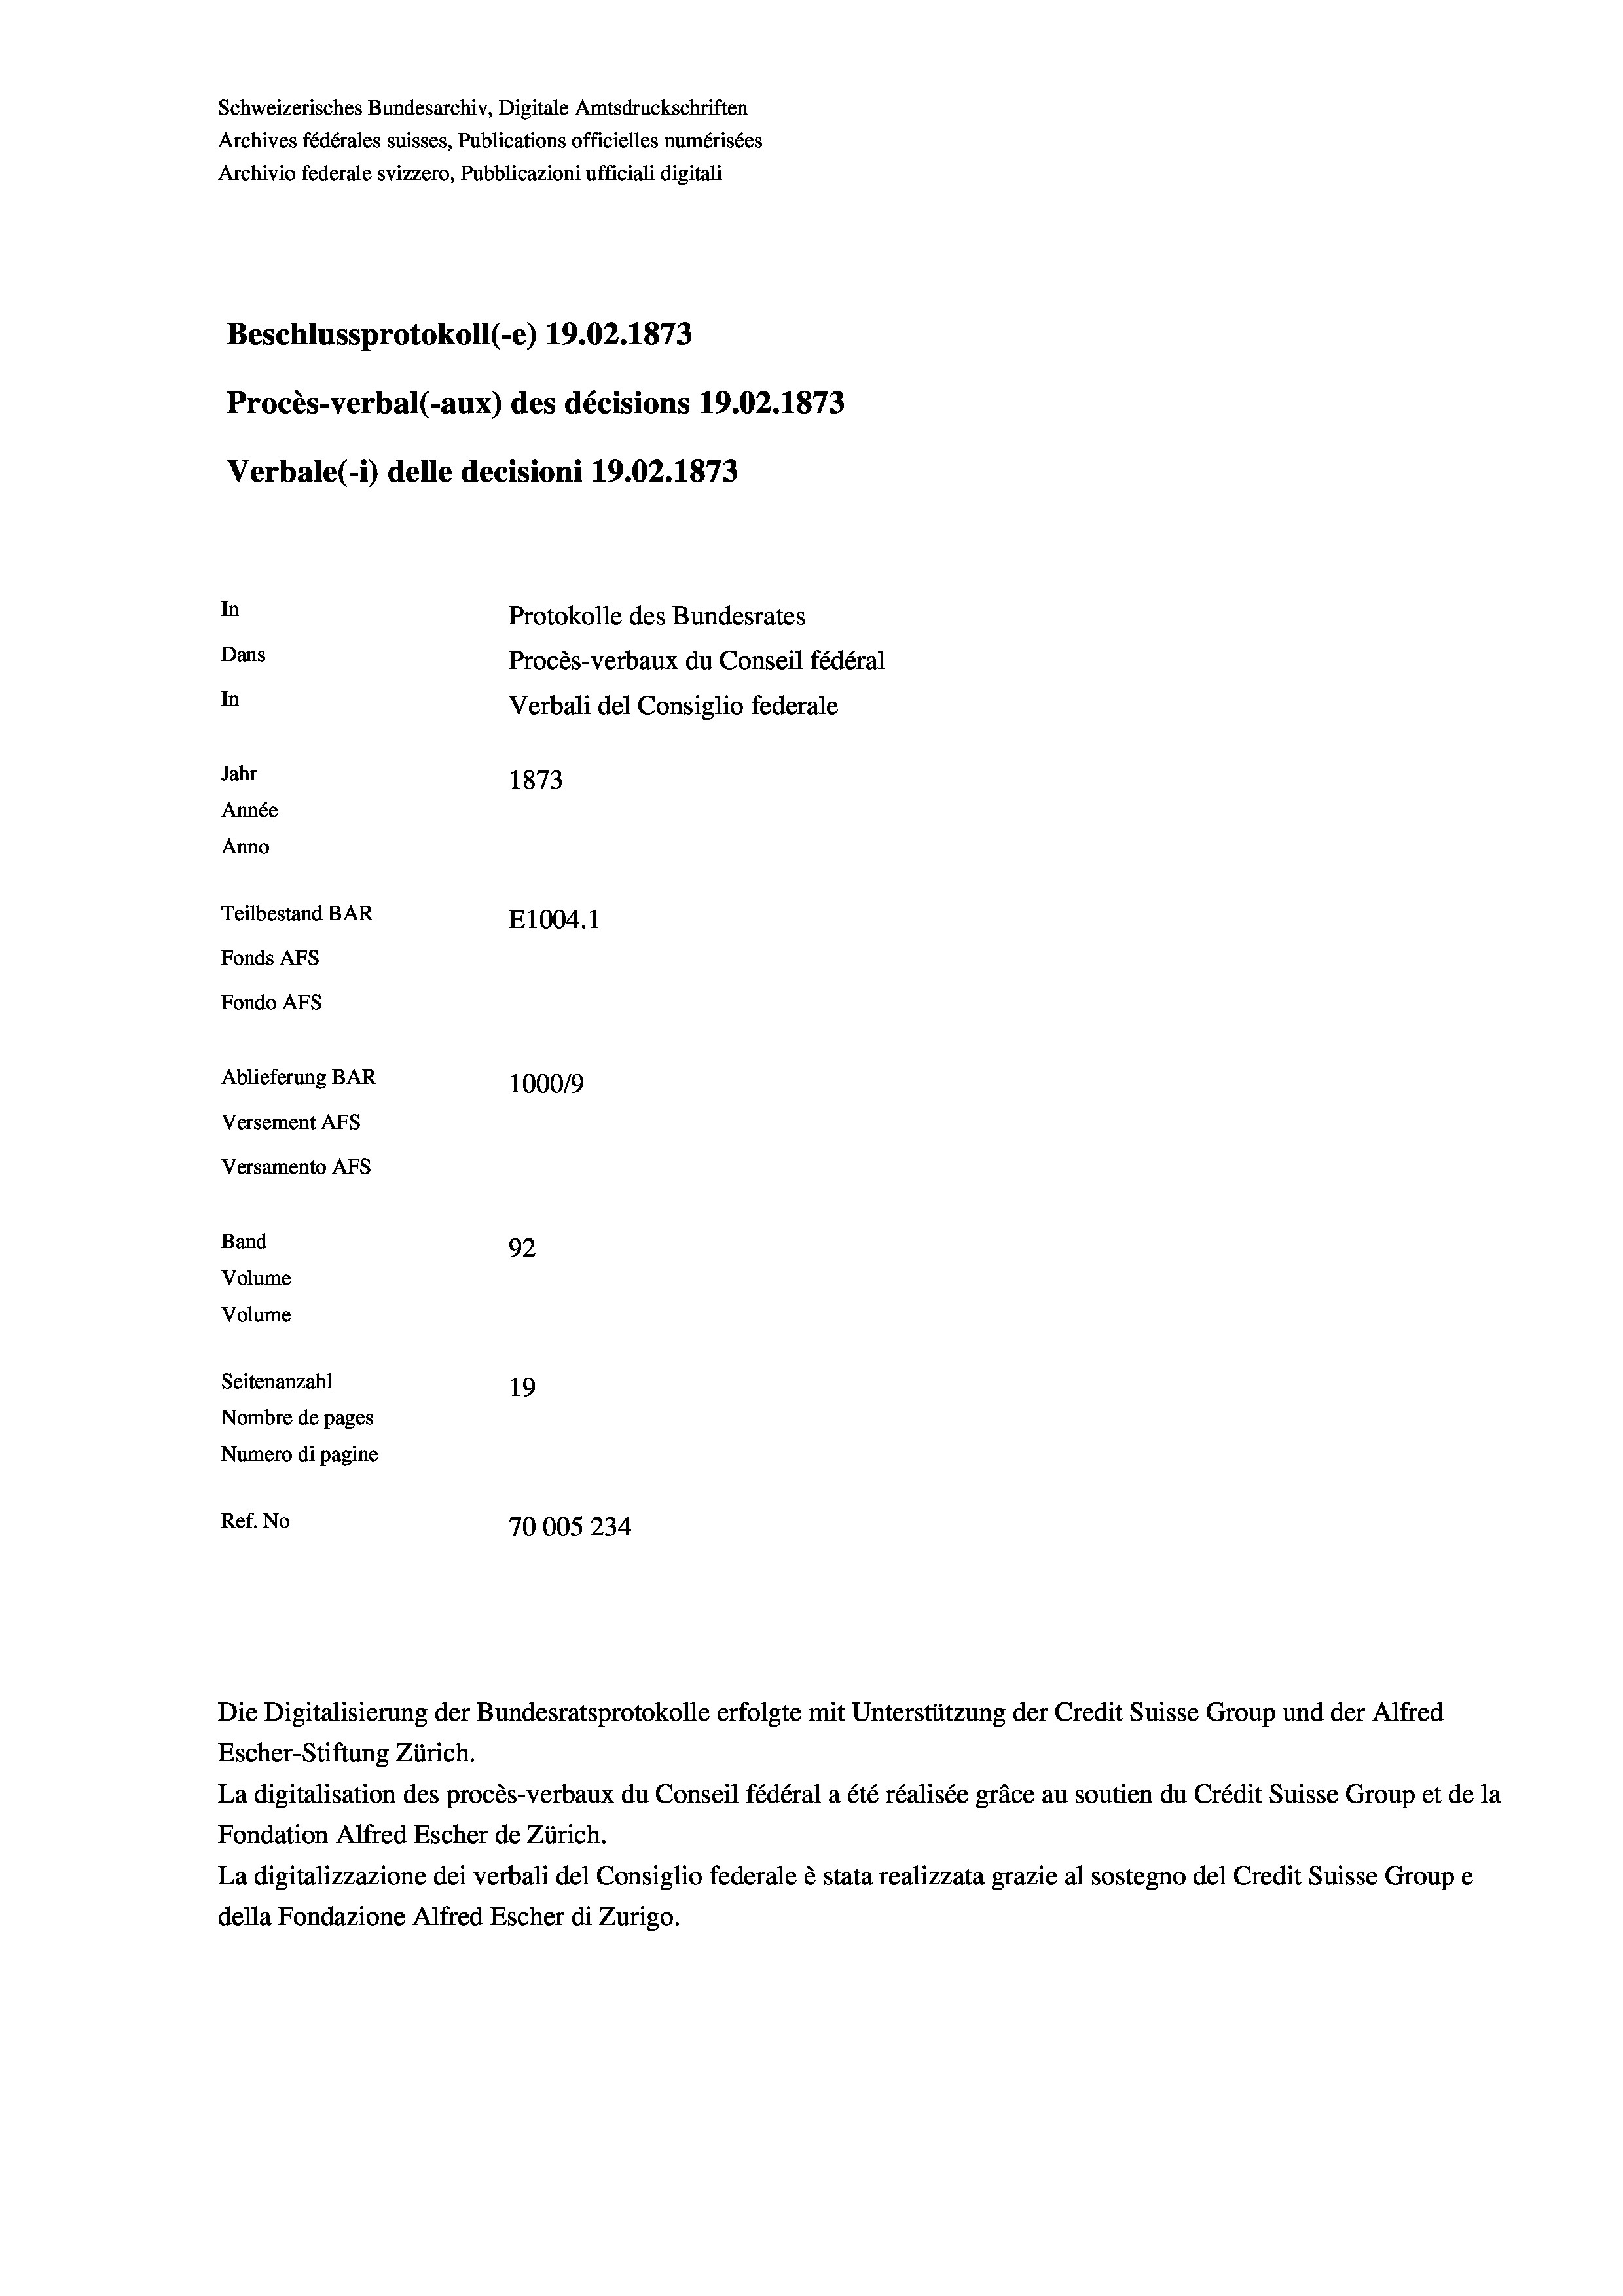
Schweizerisches Bundesarchiv, Digitale Amtsdruckschriften
Archives fédérales suisses, Publications officielles numérisées
Archivio federale svizzero, Pubblicazioni ufficiali digitali
Beschlussprotokoll (-e) 19.02. 1873
Procès-verbal (-aux) des décisions 19.02. 1873
Verbale (i) delle decisioni 19.02. 1873
In
Protokolle des Bundesrates
Dans
Procès-verbaux du Conseil fédéral
In
Verbali del Consiglio federale
Jahr
1873
Année
Anno
Teilbestand BAR
E1004.1
Fonds AFs
Fondo AFs
Ablieferung BAR
1000/9
Versement Abs
Versamento Afs
Band
92

Volume
Seitenanzahl
19
Nombre de pages
Numero di pagine
Ref. No
70005234

Volume

Escher-Stiftung Zürich.
La digitalisation des procès-verbaux du Conseil fédéral a été réalisée gräce au soutien du Crédit Suisse Group et de la
Fondation Alfred Escher de Zürich.
La digitalizzazione dei verbali del Consiglio federale è stata realizzata grazie al sostegno del Credit Suisse Groupe
della Fondazione Alfred Escher di Zurigo.

Die Digitalisierung der Bundesratsprotokolle erfolgte mit Unterstützung der Credit Suisse Group und der Alfred